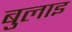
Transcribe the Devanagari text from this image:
बुलाइ